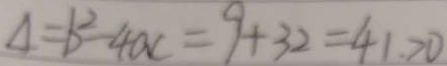
4 = b ^ { 2 } - 4 a c = 9 + 3 2 = 4 1 > 0